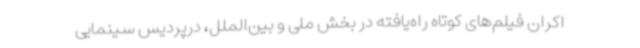
اکران فیلم‌های کوتاه راه‌یافته در بخش ملی و بین‌الملل، درپردیس سینمایی